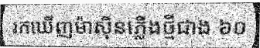
រកឃើញម៉ាស៊ីនភ្លើងថ្មីជាង ៦០